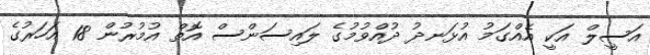
އަސީލް އަކީ އެއްގަމު އުޅަނދު ދުއްވުމުގެ ލައިސަންސް އޮތް އުމުރުން 18 އަހަރުގެ